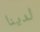
لدينا